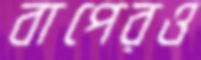
বাপেরও